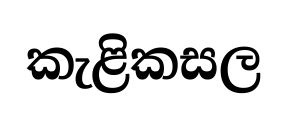
කැළිකසල